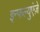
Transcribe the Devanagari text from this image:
इन्फल्युएंज़े